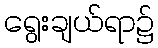
ရွေးချယ်ရာ၌